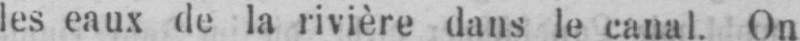
les eaux de la rivière dans le canal. On